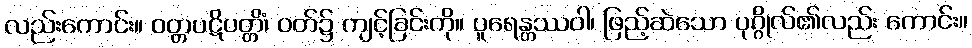
လည်းကောင်း။ ဝတ္တပဋိပတ္တိံ၊ ဝတ်၌ ကျင့်ခြင်းကို။ ပူရေန္တဿဝါ၊ ဖြည့်ဆဲသော ပုဂ္ဂိုလ်၏လည်း ကောင်း။